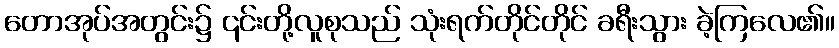
တောအုပ်အတွင်း၌ ၎င်းတို့လူစုသည် သုံးရက်တိုင်တိုင် ခရီးသွား ခဲ့ကြလေ၏။